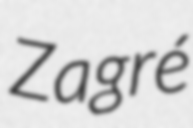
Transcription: Zagré